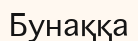
Бунаққа